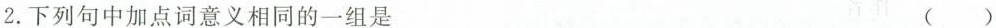
2.下列句中加点词意义相同的一组是()